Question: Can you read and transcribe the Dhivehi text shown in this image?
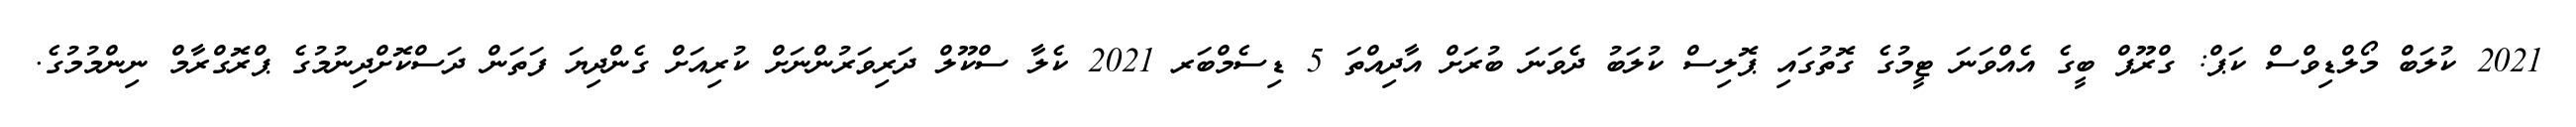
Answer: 2021 ކުލަބް މޯލްޑިވްސް ކަޕް: ގްރޫޕް ބީގެ އެއްވަނަ ޓީމުގެ ގޮތުގައި ޕޮލިސް ކުލަބު ދެވަނަ ބުރަށް އާދިއްތަ 5 ޑިސެމްބަރ 2021 ކެލާ ސްކޫލް ދަރިވަރުންނަށް ކުރިއަށް ގެންދިޔަ ފަތަން ދަސްކޮށްދިނުމުގެ ޕްރޮގްރާމް ނިންމުމުގެ.